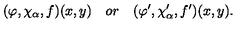
( \varphi , \chi _ { \alpha } , f ) ( x , y ) \quad o r \quad ( \varphi ^ { \prime } , \chi _ { \alpha } ^ { \prime } , f ^ { \prime } ) ( x , y ) .